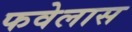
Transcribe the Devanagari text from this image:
फवेलास